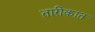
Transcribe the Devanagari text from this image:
तारीकात